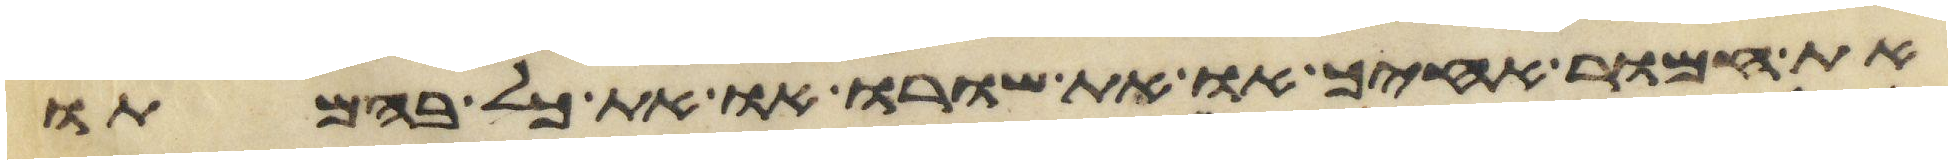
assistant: את חמור אחיך או את שורו או את כל בהמתו